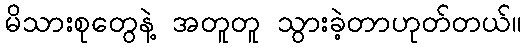
မိသားစုတွေနဲ့ အတူတူ သွားခဲ့တာဟုတ်တယ်။